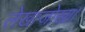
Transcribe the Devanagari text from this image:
लेखाजोखा।